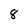
Character: 8